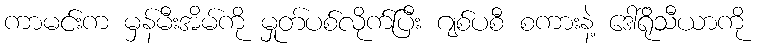
ကာမင်းက မှန်မီးအိမ်ကို မှုတ်ပစ်လိုက်ပြီး ဂျစ်ပစီ စကားနဲ့ ဒေါ်ရိုသီယာကို